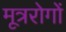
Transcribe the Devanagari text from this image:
मूत्ररोगों